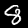
Label: 8